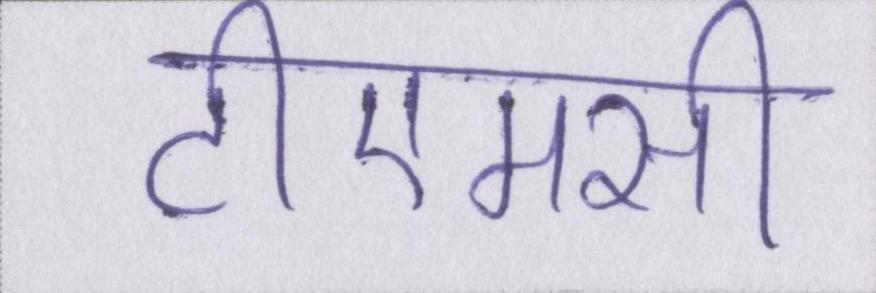
टीएमसी